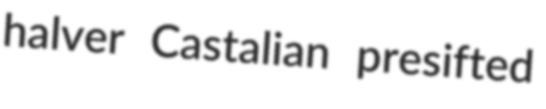
halver Castalian presifted